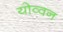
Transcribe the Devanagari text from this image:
योव्वन